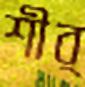
শীর্